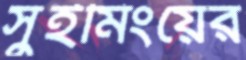
সুইমিংয়ের